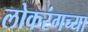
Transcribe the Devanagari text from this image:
लोकरंगच्या